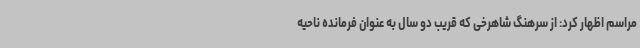
مراسم اظهار کرد: از سرهنگ شاهرخی که قریب دو سال به عنوان فرمانده ناحیه